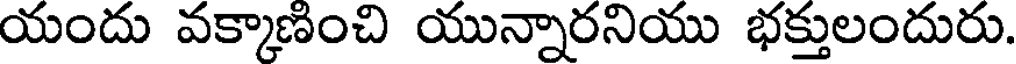
యందు వక్కాణించి యున్నారనియు భక్తులందురు.